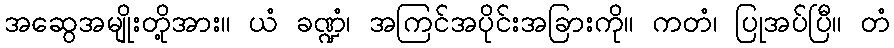
အဆွေအမျိုးတို့အား။ ယံ ခဏ္ဍံ၊ အကြင်အပိုင်းအခြားကို။ ကတံ၊ ပြုအပ်ပြီ။ တံ